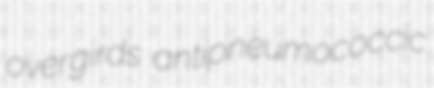
overgirds antipneumococcic